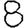
Digit: 8